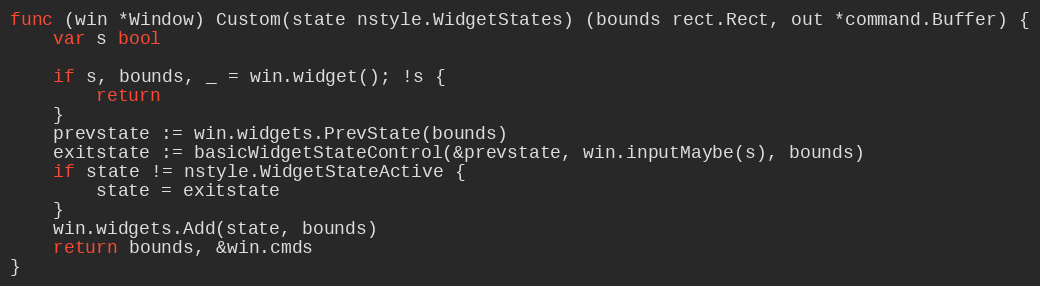
Language: Go
func (win *Window) Custom(state nstyle.WidgetStates) (bounds rect.Rect, out *command.Buffer) {
	var s bool

	if s, bounds, _ = win.widget(); !s {
		return
	}
	prevstate := win.widgets.PrevState(bounds)
	exitstate := basicWidgetStateControl(&prevstate, win.inputMaybe(s), bounds)
	if state != nstyle.WidgetStateActive {
		state = exitstate
	}
	win.widgets.Add(state, bounds)
	return bounds, &win.cmds
}